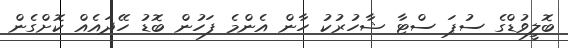
ބޮލީވުޑްގެ ސުޕަ ސްޓާ ޝާހުރުކު ހާން އެންމެ ފަހުން ބޮޑު ހޭދައެއް ކޮށްގެން